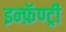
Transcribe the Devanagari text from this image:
इन्फ़ॅण्ट्री